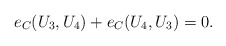
\begin{align*}e_C(U_3,U_4)+e_C(U_4,U_3)=0.\end{align*}